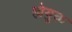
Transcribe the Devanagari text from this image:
होयुक